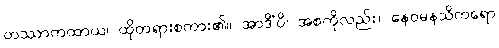
တဿာကထာယ၊ ထိုတရားစကား၏။ အာဒိံပိ၊ အစကိုလည်း။ နေဝမနသိကရော